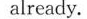
already.